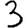
Digit: 3